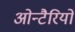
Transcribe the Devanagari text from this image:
ओन्टैरियो